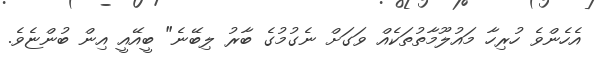
އެހެންވެ ހުރިހާ މައުލޫމާތުތަކެއް ވަގަށް ނެގުމުގެ ބާރު ލިބޭނެ" ބީއޭއީ އިން ބުންޏެވެ.